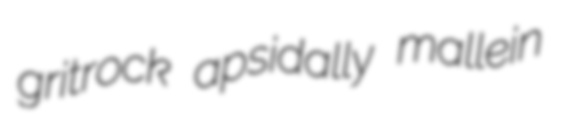
gritrock apsidally mallein